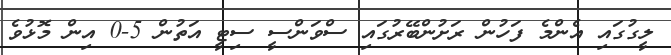
ލީގުގައި އެންމެ ފަހުން ރަށުންބޭރުގައި ސްވަންސީ ސިޓީ އަތުން 5-0 އިން މޮޅުވެ